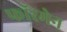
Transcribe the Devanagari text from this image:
फॉरमेन